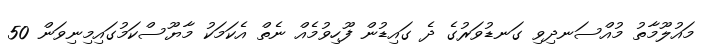
މައުލޫމާތު މުއްސަނދިވި ގަނޑުވަރުގެ ދެ ގައިޑުން ފޫހިވުމެއް ނެތް އެކަމަކު މާޔޫސްކަމުގައިމިނިވަން 50